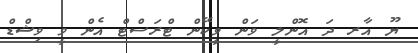
ޔޫ އާރ ދަ އޮންލީ ވަން ވީކޭން ޓްރަސްޓް އެން ވީ ވިޝްޑް